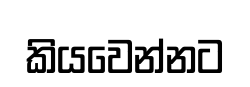
කියවෙන්නට